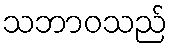
သဘာဝသည်